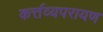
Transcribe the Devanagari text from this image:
कर्त्तव्यपरायण